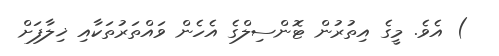
) އެވެ. މީގެ އިތުރުން ޓޮންސިލްގެ އެހެން ވައްތަރުތަކާއި ޚިލާފަށް